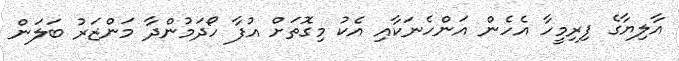
އާލިޔާގެ ފިރިމީހާ އެހެން އަންހެނަކާއި އެކު މިގޮތަށް އުފާ ހޯދަމުންދާ މަންޒަރު ބަލަން